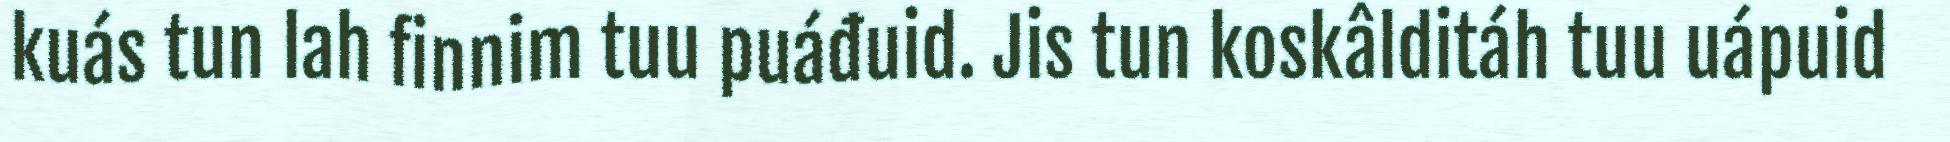
kuás tun lah finnim tuu puáđuid. Jis tun koskâlditáh tuu uápuid